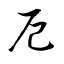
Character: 厄